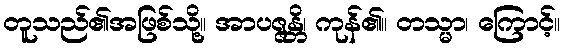
တူသည်၏အဖြစ်သို့။ အာပဇ္ဇန္တိ၊ ကုန်၏။ တသ္မာ၊ ကြောင့်။